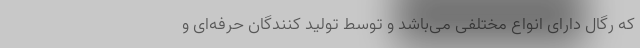
که رگال دارای انواع مختلفی می‌باشد و توسط تولید کنندگان حرفه‌ای و